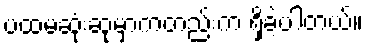
ပထမဆုံးဆုမှာကတည်းက ရှိခဲ့ပါတယ်။